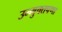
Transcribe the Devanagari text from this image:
उन्मुक्तपणा